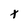
Character: t